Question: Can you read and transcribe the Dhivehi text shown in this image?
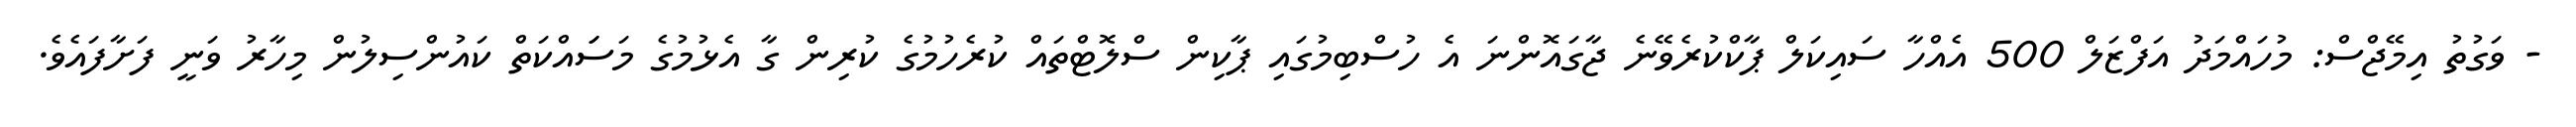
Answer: - ވަގުތު އިމޭޖްސް: މުހައްމަދު އަފްޒަލް 500 އެއްހާ ސައިކަލް ޕާކްކުރެވޭނެ ޖާގައޮންނަ އެ ހުސްބިމުގައި ޕާކިން ސްލޮޓްތައް ކުރެހުމުގެ ކުރިން ގާ އެޅުމުގެ މަސަައްކަތް ކައުންސިލުން މިހާރު ވަނީ ފަށާފައެވެ.